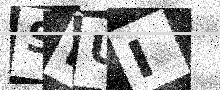
Text: SNUI